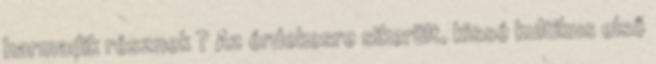
harmadik résznek ? Az érdekesre sikerült, kissé kultikus első